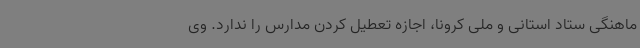
ماهنگی ستاد استانی و ملی کرونا، اجازه تعطیل کردن مدارس را ندارد. وی